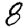
Digit: 8